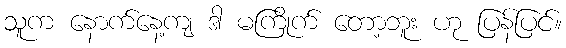
သူက နောက်နေ့ကျ ဒါ မကြိုက် တော့ဘူး ဟု ပြန်ပြင်။